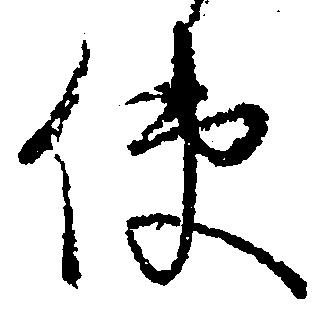
使